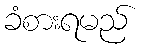
ခံစားရမည်